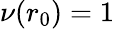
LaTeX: \nu(r_{0})=1